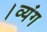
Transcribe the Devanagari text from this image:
।व्यंग